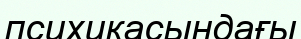
психикасындағы